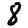
Digit: 8